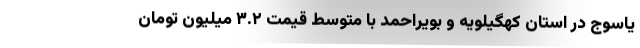
یاسوج در استان کهگیلویه و بویراحمد با متوسط قیمت ۳.۲ میلیون تومان